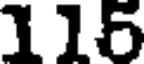
116